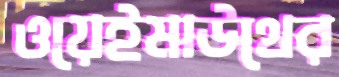
ওয়েইমাউথের